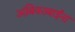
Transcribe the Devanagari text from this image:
अंबिकाबाईंना